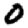
Digit: 0